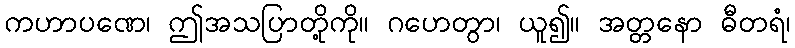
ကဟာပဏေ၊ ဤအသပြာတို့ကို။ ဂဟေတွာ၊ ယူ၍။ အတ္တနော ဓီတရံ၊